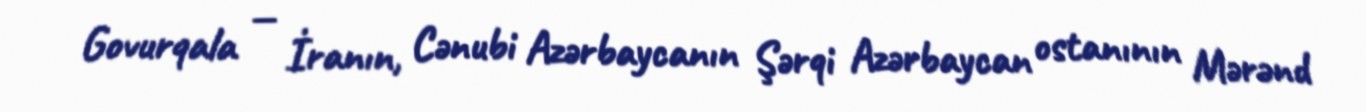
Govurqala — İranın, Cənubi Azərbaycanın Şərqi Azərbaycan ostanının Mərənd